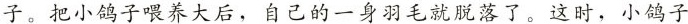
子。把小鸽子喂养大后，自己的一身羽毛就脱落了。这时，小鸽子